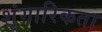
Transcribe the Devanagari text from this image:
शृंगारिकता